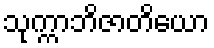
သုက္ကာဘိဇာတိယော